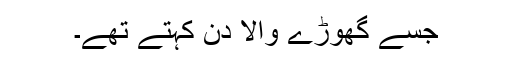
جسے گھوڑے والا دن کہتے تھے۔